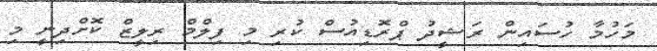
މަހުމާ ހުސައިން ރަޝީދު ޕްރޮޑިއުސް ކުރި މި ފިލްމް ރިލީޒް ކޮށްދިނީ މި